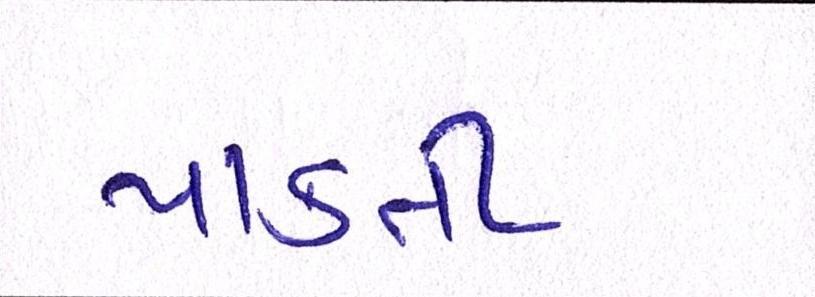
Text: પાકતી